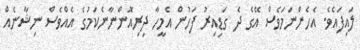
ލައިފައެވެ. އެހެންނަމަވެސް އޭގެ ދެ ގަޑިއިރު ފަހުން އެމީހާ ދިރިއޮންނާނެކަމުގެ އެއްވެސް ނިޝާނެއް